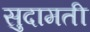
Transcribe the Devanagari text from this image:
सुदामती